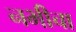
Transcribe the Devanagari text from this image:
नभीचा